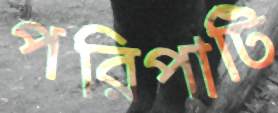
পরিপাটি